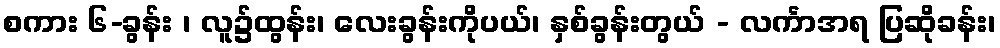
စကား ၆-ခွန်း ၊ လူ၌ထွန်း၊ လေးခွန်းကိုပယ်၊ နှစ်ခွန်းတွယ် - လင်္ကာအရ ပြဆိုခန်း၊